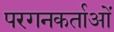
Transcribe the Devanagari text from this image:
परगनकर्ताओं